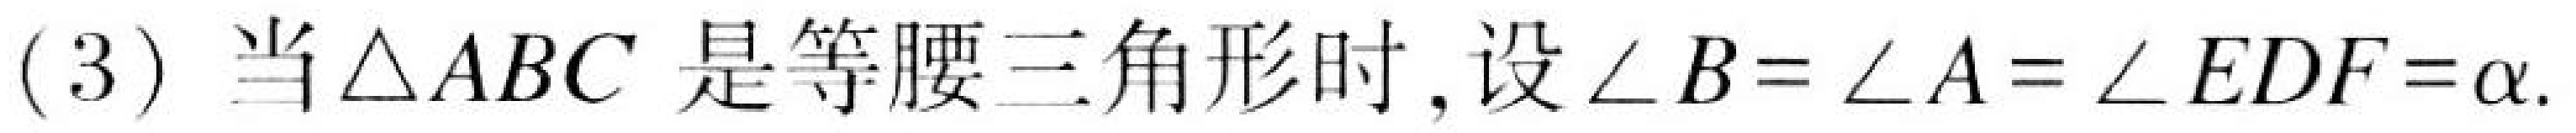
(3) 当\(\triangle ABC\) 是等腰三角形时, 设\(\angle B=\angle A=\angle EDF=\alpha\).